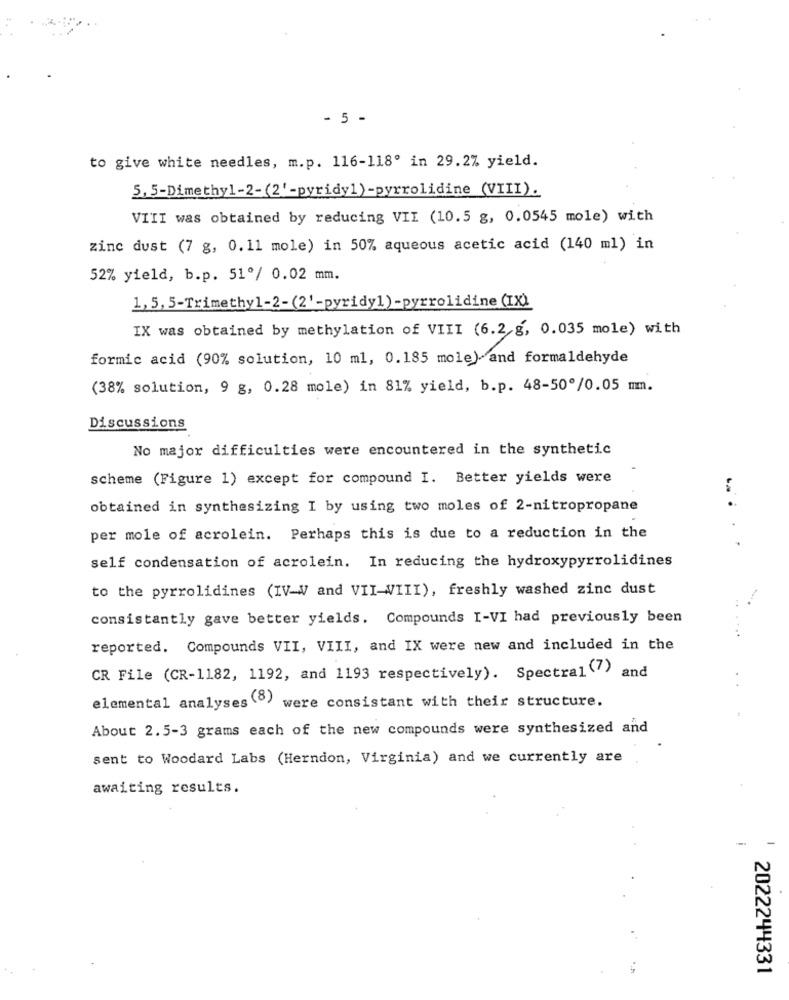
- 5 -
to give white needles, m.p. 116-118º in 29.2% yield.
5, 5-Dimethyl-2-(2' -pyridy1) -pyrrolidine (VIII).
VIII was obtained by reducing VII (10.5 g, 0.0545 mole) with
zinc dust (7 g, 0.11 mole) in 50% aqueous acetic acid (140 ml) in
52% yield, b.p. 51º/ 0.02 mm.
1,5, 5-Trimethyl-2- (2'-pyridy1) -pyrrolidine (IX)
IX was obtained by methylation of VIII (6.2 g, 0.035 mole) with
formic acid (90% solution, 10 ml, 0.185 mole) and formaldehyde
(38% solution, 9 g, 0.28 mole) in 81% yield, b.p. 48-500/0.05 mm.
Discussions
No major difficulties were encountered in the synthetic
scheme (Figure 1) except for compound I. Better yields were
obtained in synthesizing I by using two moles of 2-nitropropane
per mole of acrolein. Perhaps this is due to a reduction in the
self condensation of acrolein. In reducing the hydroxypyrrolidines
to the pyrrolidines (IV-V and VII-WIII), freshly washed zinc dust
consistantly gave better yields. Compounds I-VI had previously been
reported. Compounds VII, VIII, and IX were new and included in the
CR File (CR-1182, 1192, and 1193 respectively). Spectral(7) and
elemental analyses () were consistant with their structure.
About 2.5-3 grams each of the new compounds were synthesized and
sent to Woodard Labs (Herndon, Virginia) and we currently are
awaiting results.
2022244331